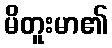
မိတူးမာ၏